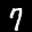
Label: 7